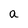
Character: a